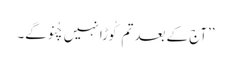
’’آج کے بعد تم کُوڑا نہیں چُنو گے۔